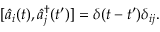
[ \hat { a } _ { i } ( t ) , \hat { a } _ { j } ^ { \dagger } ( t ^ { \prime } ) ] = \delta ( t - t ^ { \prime } ) \delta _ { i j } .